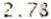
2.78